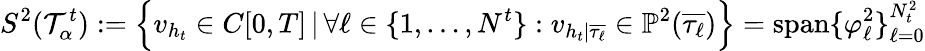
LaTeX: S^{2}(\mathcal T_{\alpha}^{t}):=\Big\{ v_{h_{t}}\in C[0,T]\, |\, \forall\ell\in\{ 1,\dots,N^{t}\} :v_{h_{t}|\overline{{\tau_{\ell}}}}\in\mathbb P^{2}(\overline{{\tau_{\ell}}})\Big\} =\mathrm{span}\{ \varphi_{\ell}^{2}\} _{\ell=0}^{N_{t}^{2}}